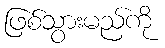
ဖြစ်သွားမည်ကို